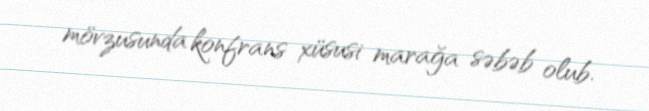
mövzusunda konfrans xüsusi marağa səbəb olub.